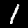
Label: 1